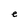
Character: e